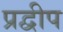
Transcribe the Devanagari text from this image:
प्रद्वीप